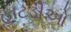
હાટડીઓ